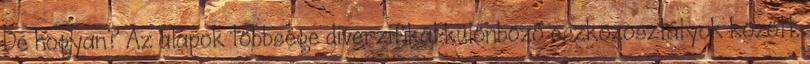
De hogyan? Az alapok többsége diverzifikál különböző eszközosztályok között.